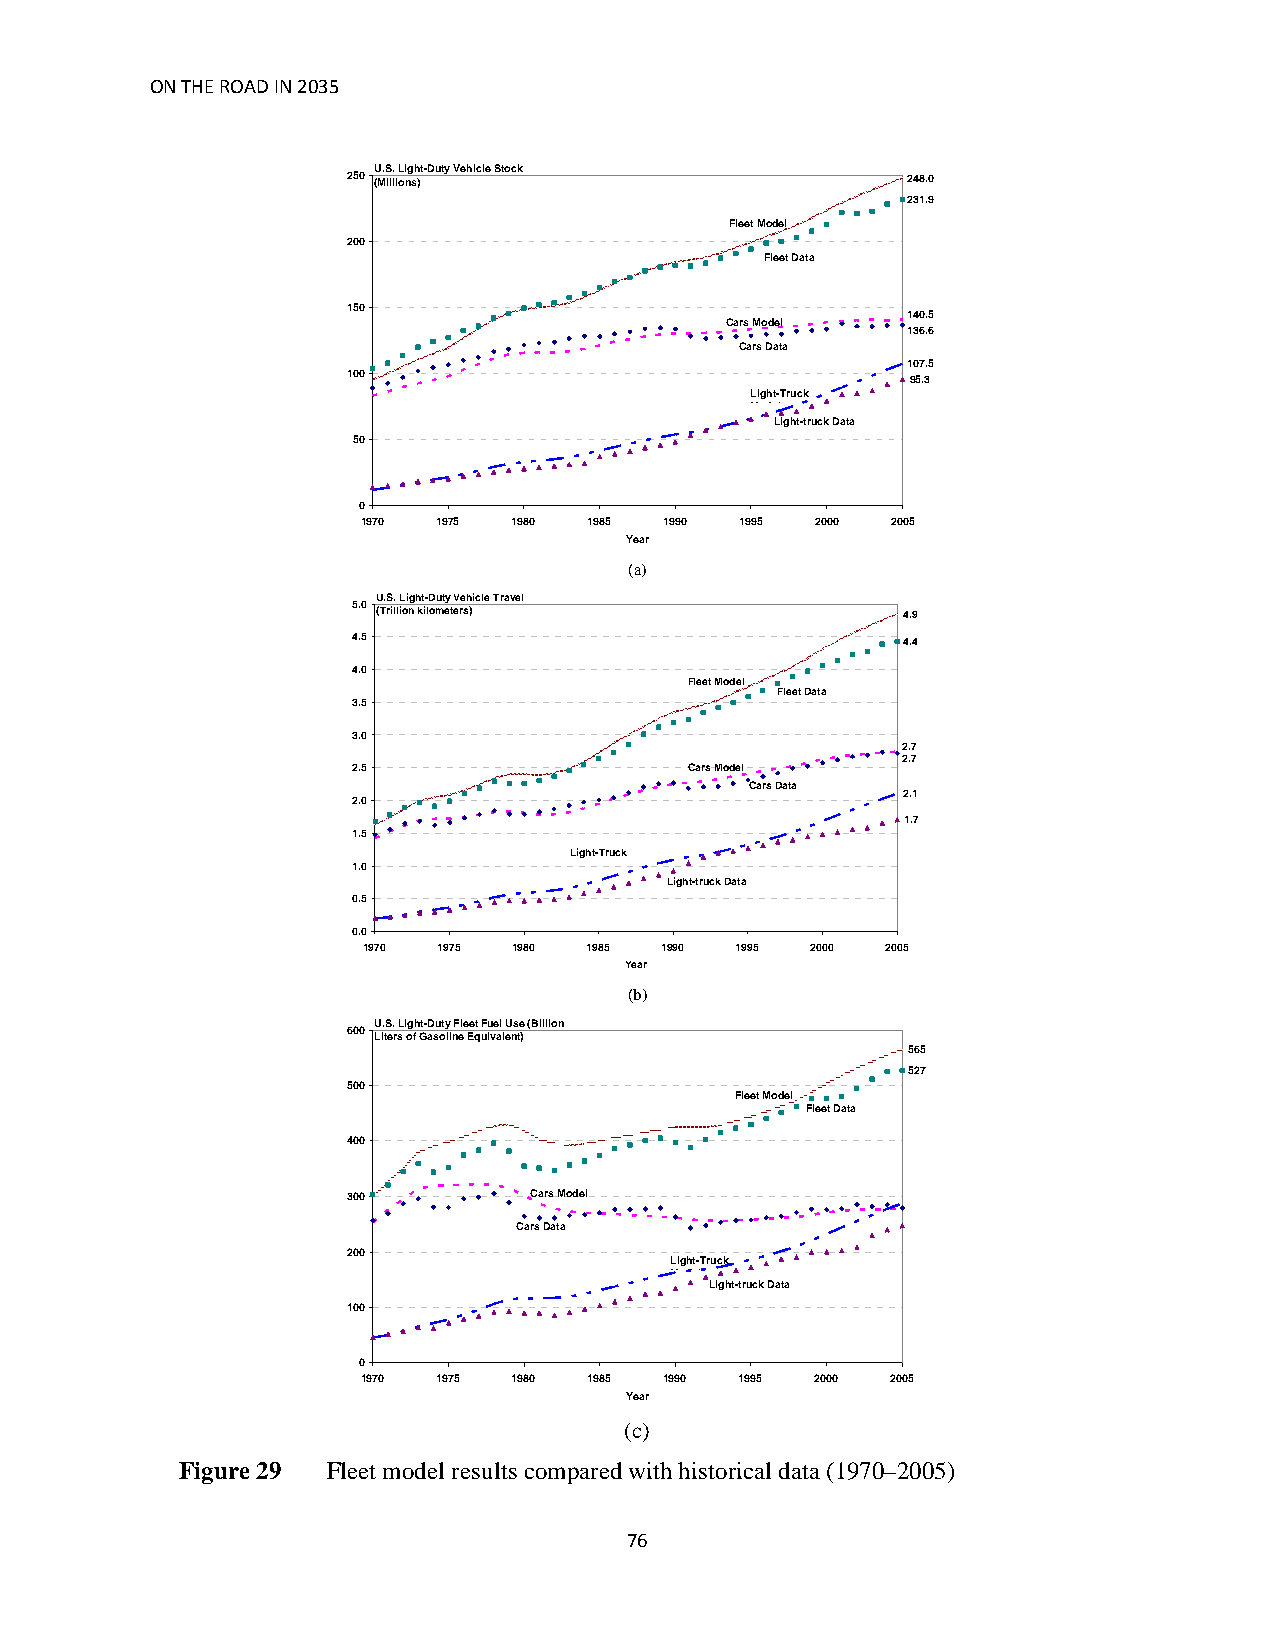
ON THE ROAD IN 2035
 U.S. Light-Duty Vehicle Stock
 250 (Millions)                       248.0
 231.9
 Fleet Model
 200
 Fleet Data
 150
 140.5
 Cars Model
 136.6
 Cars Data
 107.5
 100                                  95.3
 Light-Truck
 Model
 Light-truck Data
 50
 0
 1970 1975 1980 1985 1990 1995 2000 2005
 Year
 (a)
 U.S. Light-Duty Vehicle Travel
 5.0
 (Trillion kilometers)              4.9
 4.5                                  4.4
 4.0
 Fleet Model
 Fleet Data
 3.5
 3.0
 2.7
 2.7
 2.5                    Cars Model
 Cars Data
 2.1
 2.0
 1.7
 1.5
 Light-Truck
 1.0            Model
 Light-truck Data
 0.5
 0.0
 1970 1975 1980 1985 1990 1995 2000 2005
 Year
 (b)
 U.S. Light-Duty Fleet Fuel Use (Billion
 600
 Liters of Gasoline Equivalent)
 565
 527
 500
 Fleet Model
 Fleet Data
 400
 300         Cars Model
 Cars Data
 200
 Light-Truck
 Model
 Light-truck Data
 100
 0
 1970 1975 1980 1985 1990 1995 2000 2005
 Year
 (c)
 Figure 29 Fleet model results compared with historical data (1970–2005)
 76